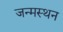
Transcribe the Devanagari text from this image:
जन्मस्थन